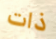
ذات